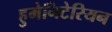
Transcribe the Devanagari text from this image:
हुमेनिटेरियन